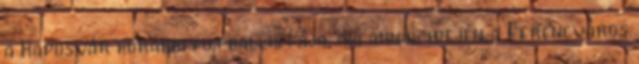
a Kaposvár korábbi futballistája, aki annak idején a Ferencváros